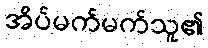
အိပ်မက်မက်သူ၏